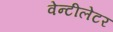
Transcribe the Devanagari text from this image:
वेन्टीलेटर